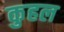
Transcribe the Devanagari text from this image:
कुहल